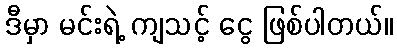
ဒီမှာ မင်းရဲ့ ကျသင့် ငွေ ဖြစ်ပါတယ်။